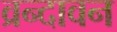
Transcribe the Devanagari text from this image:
व्रन्दावन